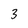
Character: 3